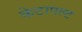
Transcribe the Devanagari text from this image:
केटापल्ट